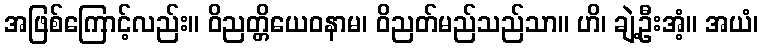
အဖြစ်ကြောင့်လည်း။ ဝိညတ္တိယေဝနာမ၊ ဝိညတ်မည်သည်သာ။ ဟိ၊ ချဲ့ဦးအံ့။ အယံ၊